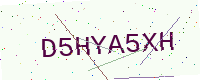
Text: D5HYA5XH